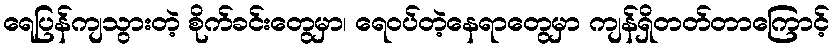
ရေပြန်ကျသွားတဲ့ စိုက်ခင်းတွေမှာ၊ ရေဝပ်တဲ့နေရာတွေမှာ ကျန်ရှိတတ်တာကြောင့်